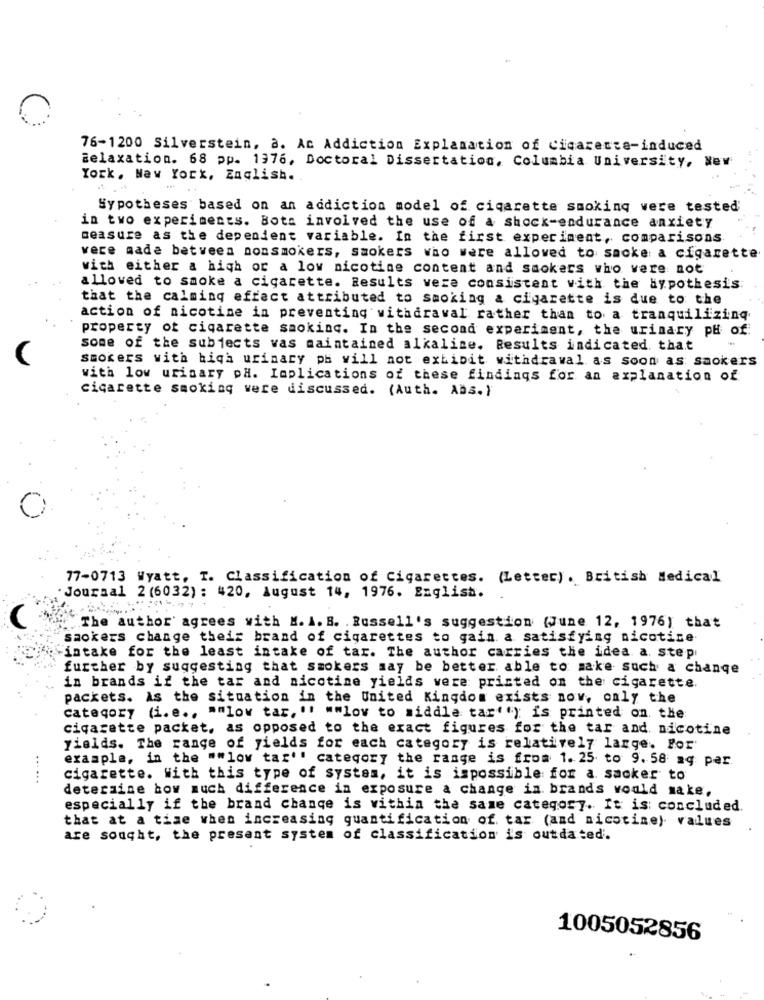
76-1200 Silverstein, a. Ac Addiction Explanation of Cigarette-induced
Relaxation. 68 pp. 1376, Doctoral Dissertation, Columbia University, New
York, New York, English.
-
Hypotheses based on an addiction model of cigarette smoking vere tested'
in two experiments. Bots involved the use of a shock-endurance anxiety
measure as the dependent variable. In the first experiment, comparisons
were made between nonsmokers, smokers who were allowed to smoke a cigarette
with either a high or a low nicotine content and smokers who vere not
allowed to smoke a cigarette. Results vere consistent with the hypothesis
that the calminq effect attributed to smoking a cigarette is due to the
action of nicotine in preventing withdrawal rather than to a tranquilizinq
property of cigarette smoking. In the second experiment, the urinary pH of
some of the subjects vas maintained alkaline. Results indicated. that
smokers with high urinary ph will not exhibit withdrawal as soon as saokers
with low urinary pH. Implications of these findings for an explanation of
cigarette smoking were discussed. (Auth. Ans.)
77-0713 Wyatt, T. Classification of Cigarettes. (Letter). British Medical
. Journal 2 (6032): 420. August 14, 1976. English.
(
"The author' agrees with M. A. B. . Russell's suggestion (June 12, 1976) that
saokers change their brand of cigarettes to gain a satisfying nicotine
intake for the least intake of tar. The author carries the idea a. step
further by suggesting that smokers may be better able to make such a change
in brands if the tar and nicotine yields vere printed on the cigarette.
packets. As the situation in the United Kingdom exists now, only the
category (i.e ., ""low tar, '! ""lov to middle tar'"); is printed on. the
cigarette packet, as opposed to the exact figures for the tar and nicotine
yields. The range of yields for each category is relatively large. Por
example, in the ""low tar'' category the range is from 1. 25 to 9. 58 mq per
... ...
cigarette. With this type of system, it is impossible for a. sacker to
determine how much difference in exposure a change in. brands would make,
especially if the brand change is within the same category. It is: concluded.
that at a time when increasing quantification of. tar (and nicotine) values
are sought, the present system of classification is outdated.
1005052856